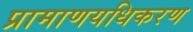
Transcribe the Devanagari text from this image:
प्रामाणयधिकरण